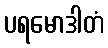
ပရမောဒါတံ